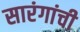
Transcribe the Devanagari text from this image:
सारंगांची